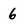
Character: 6